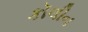
કૉલીન